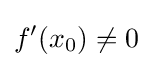
f'(x_{0})\neq 0